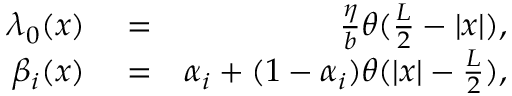
\begin{array} { r l r } { \lambda _ { 0 } ( x ) } & { { } = } & { \frac { \eta } { b } \theta ( \frac { L } { 2 } - | x | ) , } \\ { \beta _ { i } ( x ) } & { { } = } & { \alpha _ { i } + ( 1 - \alpha _ { i } ) \theta ( | x | - \frac { L } { 2 } ) , } \end{array}